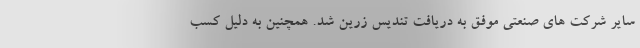
سایر شرکت های صنعتی موفق به دریافت تندیس زرین شد. همچنین به دلیل کسب